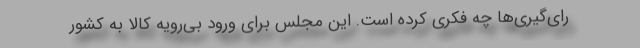
رای‌گیری‌ها چه فکری کرده است. این مجلس برای ورود بی‌رویه کالا به کشور